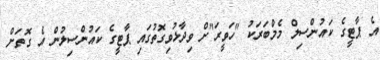
އެ ޕާޓީގެ ކައުންސިލް މެމްބަރަކު "ހަވީރަ"ށް ވިދާޅުވިގޮތުގައި ޕާޓީގެ ކައުންސިލުން އެ ގޮތަށް